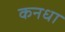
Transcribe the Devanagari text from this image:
कनधा